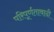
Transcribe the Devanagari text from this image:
परिपूर्णतावादी